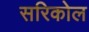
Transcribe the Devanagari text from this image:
सरिकोल